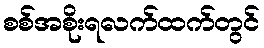
စစ်အစိုးရလက်ထက်တွင်